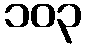
၁၀၃